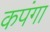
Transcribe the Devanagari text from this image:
कपंगा